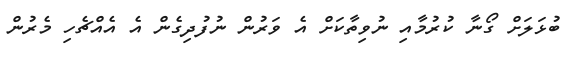
ބުޅަލަށް ގޯނާ ކުރުމާއި ނުވިތާކަށް އެ ވަރުން ނުފުދިގެން އެ އެއްޗެހި މެރުން